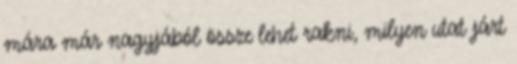
mára már nagyjából össze lehet rakni, milyen utat járt